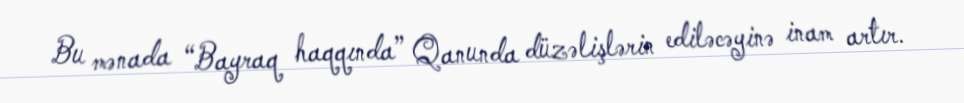
Bu mənada “Bayraq haqqında” Qanunda düzəlişlərin ediləcəyinə inam artır.